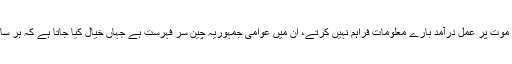
اس کے علاوہ کئی ممالک ایسے ہیں جو سزائے موت پر عمل درآمد بارے معلومات فراہم نہیں کرتے، ان میں عوامی جمہوریہ چین سر فہرست ہے جہاں خیال کیا جاتا ہے کہ ہر سال سینکڑوں افراد کو سزائے موت دی جاتی ہے۔